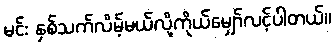
မင်း နှစ်သက်လိမ့်မယ်လို့ကိုယ်မျှော်လင့်ပါတယ်။